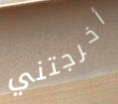
أخرجتني